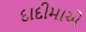
દાદીમાએ